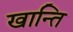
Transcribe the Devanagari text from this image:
खान्ति